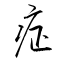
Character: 症